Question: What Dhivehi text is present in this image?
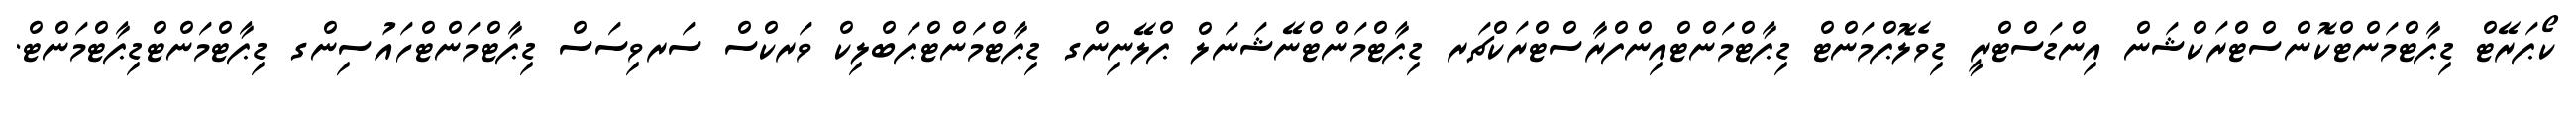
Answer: ކޯޕަރޭޓް ޑިޕާޓްމަންޓްކޮންސްޓްރަކްޝަން އިންޑަސްޓްރީ ޑިވެލޮޕްމަންޓް ޑިޕާޓްމަންޓްއިންފްރާސްޓްރަކްޗަރ ޑިޕާޓްމަންޓްނޭޝަނަލް ޕްލޭނިންގ ޑިޕާޓްމަންޓްޕަބްލިކް ވަރކްސް ސަރވިސަސް ޑިޕާޓްމަންޓްހައުސިންގ ޑިޕާޓްމަންޓްޑިޕާޓްމަންޓް.